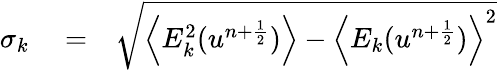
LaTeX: \begin{array}{rlr}{\sigma_{k}}&{{}=}&{\sqrt{\left\langle E_{k}^{2}(u^{n+\frac{1}{2}})\right\rangle-\left\langle E_{k}(u^{n+\frac{1}{2}})\right\rangle^{2}}}\end{array}